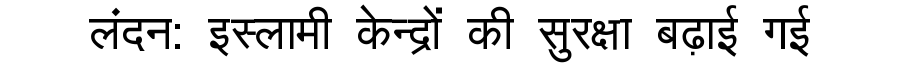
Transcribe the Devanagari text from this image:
लंदन: इस्लामी केन्द्रों की सुरक्षा बढ़ाई गई